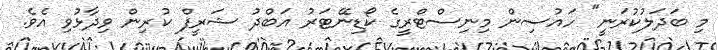
މި ބަދަލުކުރަނީ" ހައުސިން މިނިސްޓްރީގެ ކޯޑިނޭޓަރު އަބްދު ޝަރީފް ކުރިން ވިދާޅުވި އެވެ.